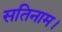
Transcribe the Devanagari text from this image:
सतिनाम।